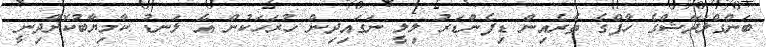
ބަންގްލަދޭޝްގެ ހާފްގެ ތެރެއިން ޑިފެންޑަރު ލިލީ ނަގައިދިން ހުރަހަކުން އެ ލަނޑު ކާމިޔާބުކޮށްދިނީ